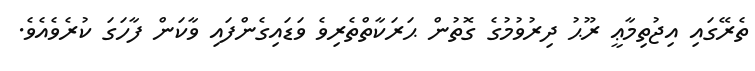
ތެރޭގައި އިޖުތިމާޢީ ރޫޙު ދިރުވުމުގެ ގޮތުން ޙަރަކާތްތެރިވެ ވަޑައިގެންފައި ވާކަން ފާހަގަ ކުރެވެއެވެ.